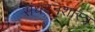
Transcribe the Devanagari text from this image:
संघटनशास्त्र